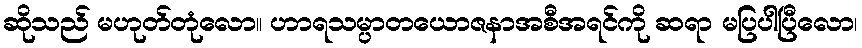
ဆိုသည် မဟုတ်တုံလော။ ဟာရသမ္ပာတယောဇနာအစီအရင်ကို ဆရာ မပြပါပြီလော၊